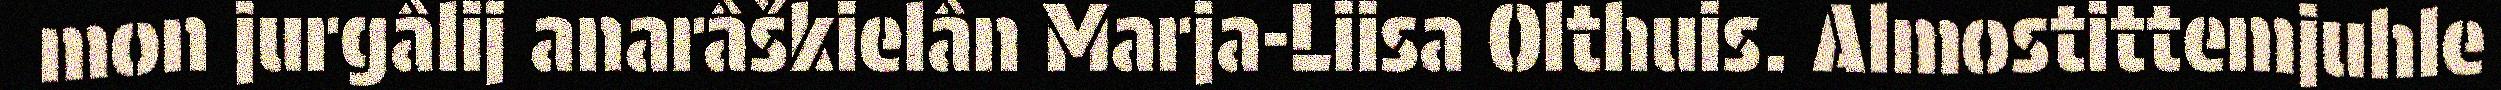
mon jurgâlij anarâškielân Marja-Liisa Olthuis. Almostittemjuhle